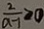
\frac { 2 } { a - 1 } \geq 0